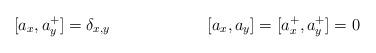
LaTeX: \begin{align*}[a_x,a^+_y]&=\delta_{x,y}&[a_x,a_y]&=[a^+_x,a^+_y]=0\end{align*}